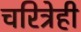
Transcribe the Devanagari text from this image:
चरित्रेही